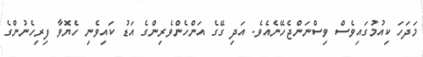
މަދަހަ ކިއުމުގައިވެސް ވިސްނަންޖެހޭނެއެވެ. އަދި ގޭގެ އަންހެންވެރިންގެ އަޑު ކައިވެނި ހެޔޮވާ ފިރިހެނުންގެ